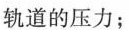
轨道的压力；